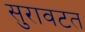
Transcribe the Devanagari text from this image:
सुरावटत